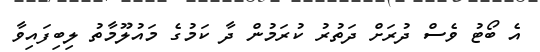
އެ ބޯޓު ވެސް ދުރަށް ދަތުރު ކުރަމުން ދާ ކަމުގެ މައުލޫމާތު ލިބިފައިވާ